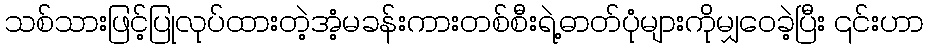
သစ်သားဖြင့်ပြုလုပ်ထားတဲ့အံ့မခန်းကားတစ်စီးရဲ့ဓာတ်ပုံများကိုမျှဝေခဲ့ပြီး ၎င်းဟာ